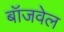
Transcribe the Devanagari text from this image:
बॉजवेल